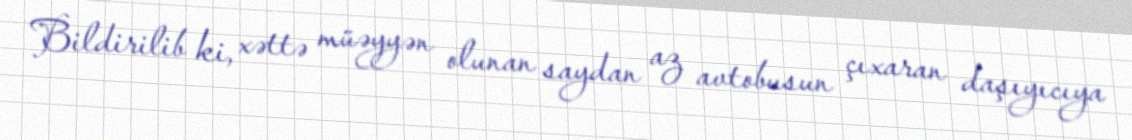
Bildirilib ki, xəttə müəyyən olunan saydan az avtobusun çıxaran daşıyıcıya